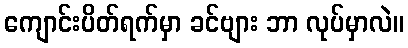
ကျောင်းပိတ်ရက်မှာ ခင်ဗျား ဘာ လုပ်မှာလဲ။